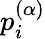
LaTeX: p_{i}^{(\alpha)}